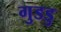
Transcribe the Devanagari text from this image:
गुडडु